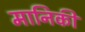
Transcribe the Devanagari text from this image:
मानिकी